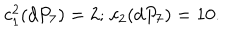
c _ { 1 } ^ { 2 } ( d P _ { 7 } ) = 2 ; \, c _ { 2 } ( d P _ { 7 } ) = 1 0 .